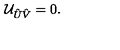
{ \cal U } _ { \hat { U } \hat { V } } = 0 .